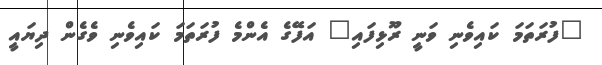
"ފުރަތަމަ ކައިވެނި ވަނީ ރޫޅިފައި" އަފޭގެ އެންމެ ފުރަތަމަ ކައިވެނި ވެގެން ދިޔައީ